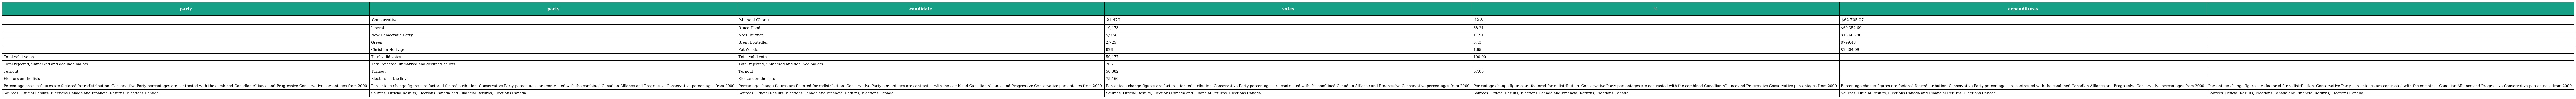
| party | party | candidate | votes | % | expenditures |  |
 | --- | --- | --- | --- | --- | --- | --- |
 |  | Conservative | Michael Chong | 21,479 | 42.81 | $62,705.07 |  |
 |  | Liberal | Bruce Hood | 19,173 | 38.21 | $69,352.69 |  |
 |  | New Democratic Party | Noel Duignan | 5,974 | 11.91 | $13,605.90 |  |
 |  | Green | Brent Bouteiller | 2,725 | 5.43 | $799.48 |  |
 |  | Christian Heritage | Pat Woode | 826 | 1.65 | $2,304.09 |  |
 | Total valid votes | Total valid votes | Total valid votes | 50,177 | 100.00 |  |  |
 | Total rejected, unmarked and declined ballots | Total rejected, unmarked and declined ballots | Total rejected, unmarked and declined ballots | 205 |  |  |  |
 | Turnout | Turnout | Turnout | 50,382 | 67.03 |  |  |
 | Electors on the lists | Electors on the lists | Electors on the lists | 75,160 |  |  |  |
 | Percentage change figures are factored for redistribution. Conservative Party percentages are contrasted with the combined Canadian Alliance and Progressive Conservative percentages from 2000. | Percentage change figures are factored for redistribution. Conservative Party percentages are contrasted with the combined Canadian Alliance and Progressive Conservative percentages from 2000. | Percentage change figures are factored for redistribution. Conservative Party percentages are contrasted with the combined Canadian Alliance and Progressive Conservative percentages from 2000. | Percentage change figures are factored for redistribution. Conservative Party percentages are contrasted with the combined Canadian Alliance and Progressive Conservative percentages from 2000. | Percentage change figures are factored for redistribution. Conservative Party percentages are contrasted with the combined Canadian Alliance and Progressive Conservative percentages from 2000. | Percentage change figures are factored for redistribution. Conservative Party percentages are contrasted with the combined Canadian Alliance and Progressive Conservative percentages from 2000. | Percentage change figures are factored for redistribution. Conservative Party percentages are contrasted with the combined Canadian Alliance and Progressive Conservative percentages from 2000. |
 | Sources: Official Results, Elections Canada and Financial Returns, Elections Canada. | Sources: Official Results, Elections Canada and Financial Returns, Elections Canada. | Sources: Official Results, Elections Canada and Financial Returns, Elections Canada. | Sources: Official Results, Elections Canada and Financial Returns, Elections Canada. | Sources: Official Results, Elections Canada and Financial Returns, Elections Canada. | Sources: Official Results, Elections Canada and Financial Returns, Elections Canada. | Sources: Official Results, Elections Canada and Financial Returns, Elections Canada. |